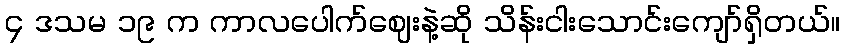
၄ ဒသမ ၁၉ က ကာလပေါက်ဈေးနဲ့ဆို သိန်းငါးသောင်းကျော်ရှိတယ်။